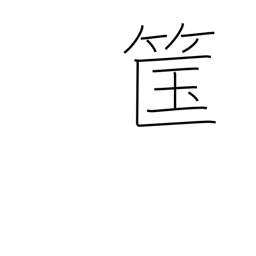
Meaning: bamboo basket